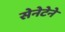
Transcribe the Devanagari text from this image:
सेनेटेने